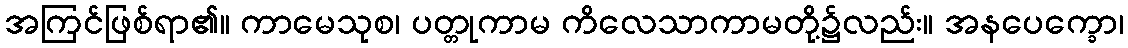
အကြင်ဖြစ်ရာ၏။ ကာမေသုစ၊ ပတ္တုကာမ ကိလေသာကာမတို့၌လည်း။ အနပေက္ခော၊